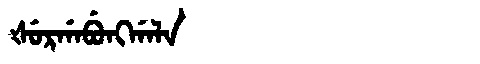
Manchu: ᡧᡠᡵᡤᠠᠪᡠᠩᡤᠠᠯᠠ
Romanization: ŠURGABUNGGALA